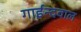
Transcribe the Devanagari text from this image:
गाईन्दवाल